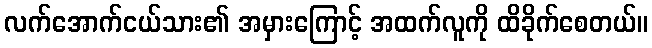
လက်အောက်ငယ်သား၏ အမှားကြောင့် အထက်လူကို ထိခိုက်စေတယ်။